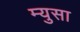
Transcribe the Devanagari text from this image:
म्युसा